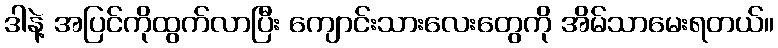
ဒါနဲ့ အပြင်ကိုထွက်လာပြီး ကျောင်းသားလေးတွေကို အိမ်သာမေးရတယ်။